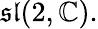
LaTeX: {\mathfrak{sl}}(2,\mathbb{C}).